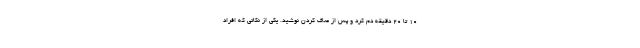
۱۰ تا ۲۰ دقیقه دم کرد و پس از صاف کردن نوشید. یکی از نکاتی که افراد